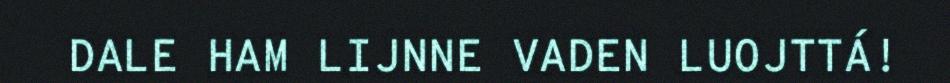
DALE HAM LIJNNE VADEN LUOJTTÁ!